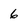
Character: 6